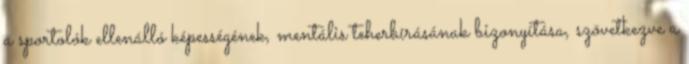
a sportolók ellenálló képességének, mentális teherbírásának bizonyítása, szövetkezve a